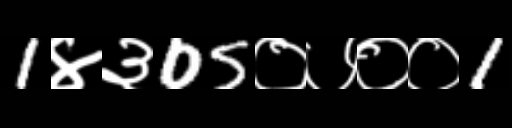
Text: 1४३05०७००1